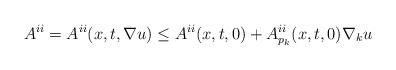
\begin{align*} A^{ii} = A^{ii} (x, t, \nabla u)\leq A^{ii} (x, t, 0) + A^{ii}_{p_k} (x, t, 0) \nabla_k u\end{align*}